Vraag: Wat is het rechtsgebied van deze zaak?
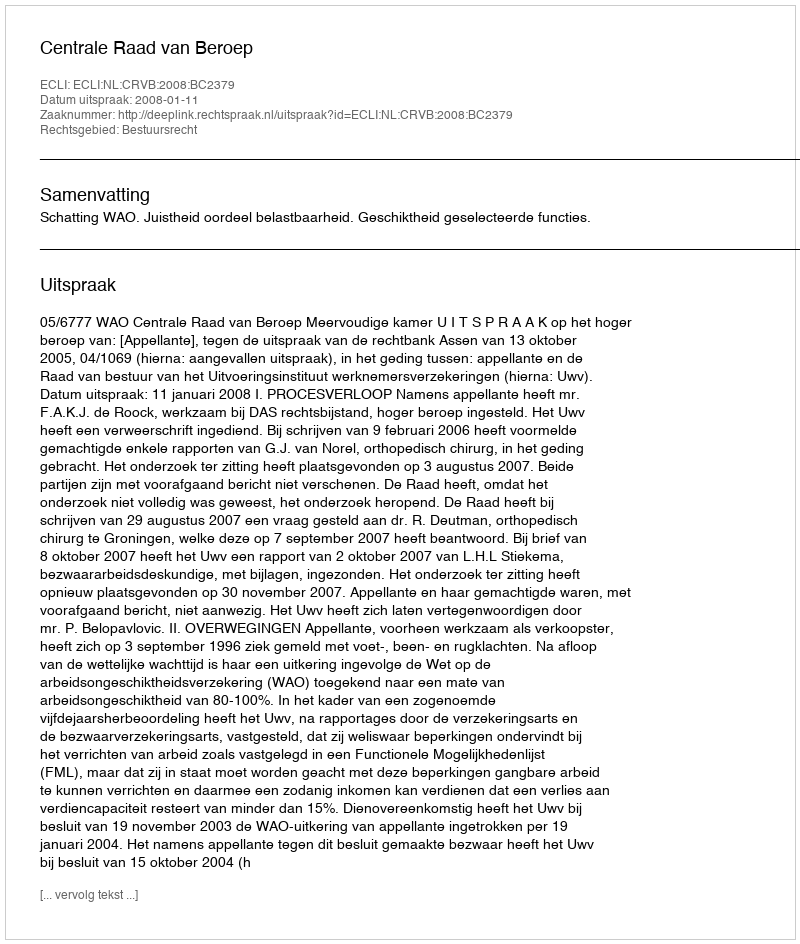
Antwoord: Bestuursrecht